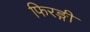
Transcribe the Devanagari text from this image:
फिरङ्गी